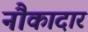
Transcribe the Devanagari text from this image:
नौकादार